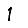
Digit: 1